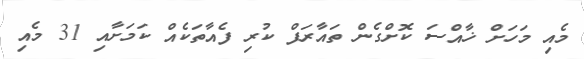
މެއި މަހަށް ޚާއްސަ ކޮށްގެން ތައާރަފް ކުރި ފެއާތަކެއް ކަމަށާއި 31 މެއި